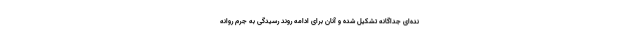
نده‌ای جداگانه تشکیل شده و آنان برای ادامه روند رسیدگی به جرم روانه